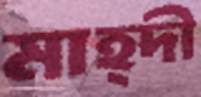
মাহ্দী